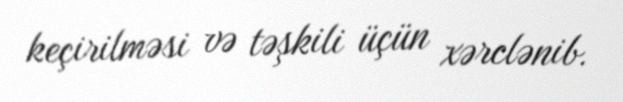
keçirilməsi və təşkili üçün xərclənib.